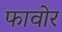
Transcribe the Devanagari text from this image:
फावोर